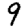
Digit: 9